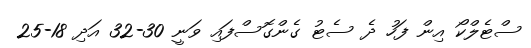
ސްޓެލްކޯ އިން ފަހު ދެ ސެޓު ގެންގޮސްފައި ވަނީ 30-32 އަދި 18-25